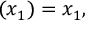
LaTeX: ( x _ { 1 } ) = x _ { 1 } ,